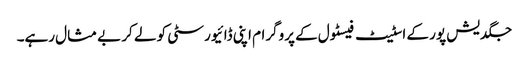
جگدیش پور کے اسٹیٹ فیسٹول کے پروگرام اپنی ڈائیورسٹی کو لے کر بے مثال رہے۔